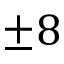
\pm 8